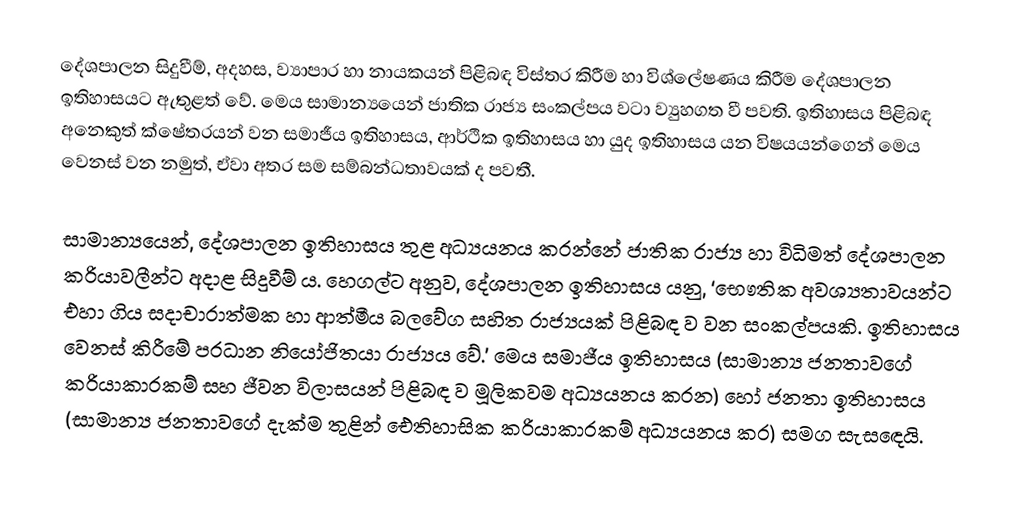
දේශපාලන සිදුවීම්, අදහස, ව්‍යාපාර හා නායකයන් පිළිබඳ විස්තර කිරීම හා විශ්ලේෂණය කිරීම දේශපාලන ඉතිහාසයට ඇතුළත් වේ. මෙය සාමාන්‍යයෙන් ජාතික රාජ්‍ය සංකල්පය වටා ව්‍යුහගත වී පවති. ඉතිහාසය පිළිබඳ අනෙකුත් ක්ෂේත‍්‍රයන් වන සමාජීය ඉතිහාසය, ආර්ථික ඉතිහාසය හා යුද ඉතිහාසය යන විෂයයන්ගෙන් මෙය වෙනස් වන නමුත්, ඒවා අතර සම සම්බන්ධතාවයක් ද පවතී.

සාමාන්‍යයෙන්, දේශපාලන ඉතිහාසය තුළ අධ්‍යයනය කරන්නේ ජාතික රාජ්‍ය හා විධිමත් දේශපාලන ක‍්‍රියාවලීන්ට අදාළ සිදුවීම් ය. හෙගල්ට අනුව, දේශපාලන ඉතිහාසය යනු, ‘භෞතික අවශ්‍යතාවයන්ට එහා ගිය සදාචාරාත්මක හා ආත්මීය බලවේග සහිත රාජ්‍යයක් පිළිබඳ ව වන සංකල්පයකි. ඉතිහාසය වෙනස් කිරීමේ ප‍්‍රධාන නියෝජිතයා රාජ්‍යය වේ.’ මෙය සමාජීය ඉතිහාසය (සාමාන්‍ය ජනතාවගේ ක‍්‍රියාකාරකම් සහ ජීවන විලාසයන් පිළිබඳ ව මූලිකවම අධ්‍යයනය කරන) හෝ ජනතා ඉතිහාසය (සාමාන්‍ය ජනතාවගේ දැක්ම තුළින් ඓතිහාසික ක‍්‍රියාකාරකම් අධ්‍යයනය කර) සමග සැසඳෙයි.